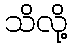
သိလို့